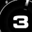
Digit: 3